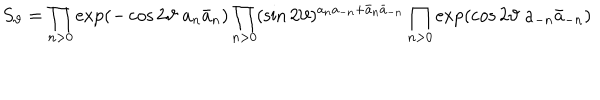
S _ { \vartheta } = \prod _ { n > 0 } \exp \left( - \cos 2 \vartheta \; a _ { n } \bar { a } _ { n } \right) \prod _ { n > 0 } ( \sin 2 \vartheta ) ^ { a _ { n } a _ { - n } + \bar { a } _ { n } \bar { a } _ { - n } } \prod _ { n > 0 } \exp \left( \cos 2 \vartheta \; a _ { - n } \bar { a } _ { - n } \right)